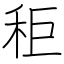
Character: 秬